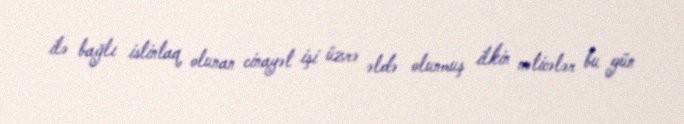
ilə bağlı istintaq olunan cinayət işi üzrə əldə olunmuş ilkin nəticələr bu gün